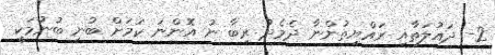
2- ދައުލަތާއި ރައްޔިތުންނާ ދެމެދު ރިބާ ނު އޮންނަ ކަމަށް ބުނި ބުނުމަކީ